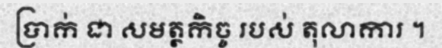
ប្រាក់ ជា សមត្ថកិច្ច របស់ តុលាការ ។